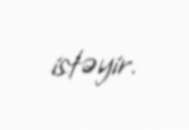
istəyir.